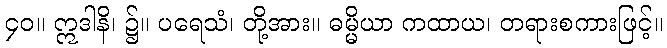
၄၀။ ဣဒါနိ၊ ၌။ ပရေသံ၊ တို့အား။ ဓမ္မိယာ ကထာယ၊ တရားစကားဖြင့်။